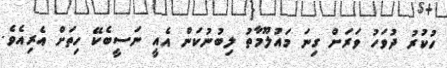
ހުކުރު ދުވަހު ވަރަށް ގިނަ މައުލޫމާތު ލިބުނުކަން އެއީ ނަސީބެކޭ ހިތަށް އެރިއެވެ.